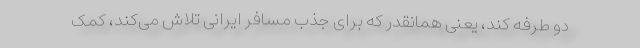
دو طرفه کند، یعنی همانقدر که برای جذب مسافر ایرانی تلاش می‌کند، کمک